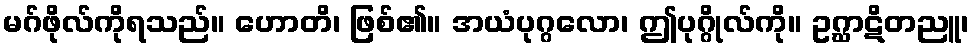
မဂ်ဖိုလ်ကိုရသည်။ ဟောတိ၊ ဖြစ်၏။ အယံပုဂ္ဂလော၊ ဤပုဂ္ဂိုလ်ကို။ ဥဂ္ဃာဋိတညူ၊